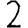
Digit: 2